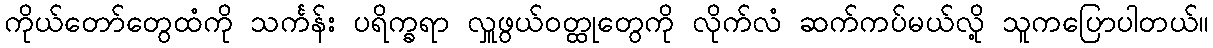
ကိုယ်တော်တွေထံကို သင်္ကန်း ပရိက္ခရာ လှူဖွယ်ဝတ္ထုတွေကို လိုက်လံ ဆက်ကပ်မယ်လို့ သူကပြောပါတယ်။